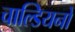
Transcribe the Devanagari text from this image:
चाल्डियनों